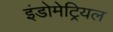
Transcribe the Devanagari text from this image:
इंडोमेट्रियल